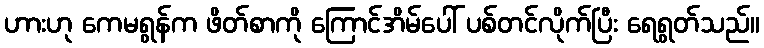
ဟားဟု ကေမရွန်က ဖိတ်စာကို ကြောင်အိမ်ပေါ် ပစ်တင်လိုက်ပြီး ရေရွတ်သည်။